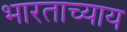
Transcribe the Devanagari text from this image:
भारताच्याय